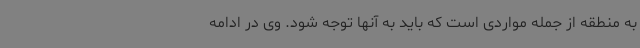
به منطقه از جمله مواردی است که باید به آنها توجه شود. وی در ادامه